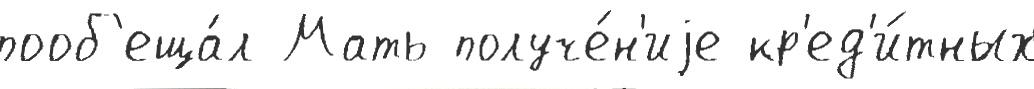
пооб'еща́л Мать получе́н'иjе кр'ед'и́тных